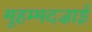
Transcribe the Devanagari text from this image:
मुहम्मदज़ाई